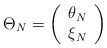
\begin{align*}\Theta _{N}=\left( \begin{array}{c}\theta _{N}\\\xi _{N}\end{array}\right)\end{align*}